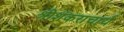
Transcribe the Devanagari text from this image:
श्रीशंकराचार्य